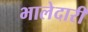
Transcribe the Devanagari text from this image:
भालेदारी